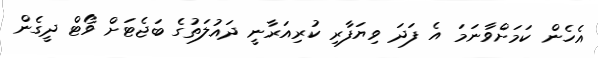
އެހެން ކަމަށްވާނަމަ އެ ފަދަ ވިޔަފާރި ކުރިއަރާނީ ދައުލަތުގެ ބަޖެޓަށް ވޯޓް ދީގެން